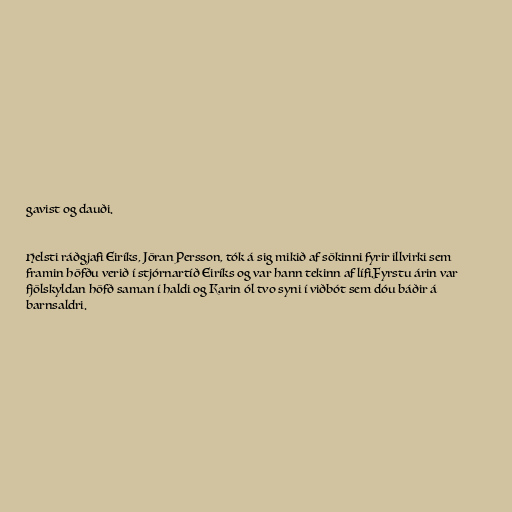
gavist og dauði.

Helsti ráðgjafi Eiríks, Jöran Persson, tók á sig mikið af sökinni fyrir illvirki sem
framin höfðu verið í stjórnartíð Eiríks og var hann tekinn af lífi.Fyrstu árin var
fjölskyldan höfð saman í haldi og Karin ól tvo syni í viðbót sem dóu báðir á
barnsaldri.